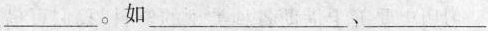
___ 。如 ___ 、___